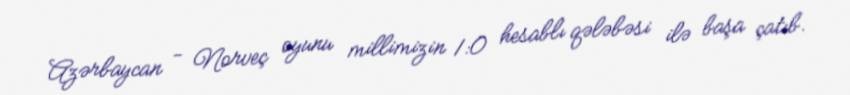
Azərbaycan - Norveç oyunu millimizin 1:0 hesablı qələbəsi ilə başa çatıb.